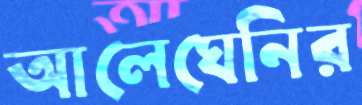
আলেঘেনির